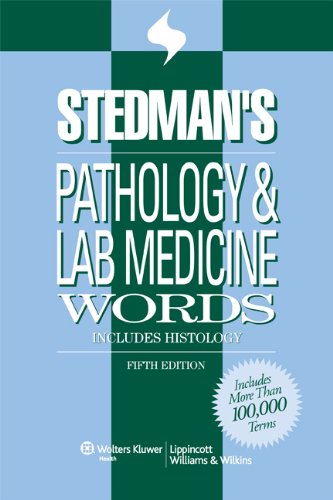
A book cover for Stedman's Pathology & Laboratory Medicine Words: Includes Histology (Stedman's Word Books); Stedman's; Medical Books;